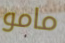
مامو